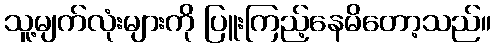
သူ့မျက်လုံးများကို ပြူးကြည့်နေမိတော့သည်။